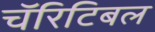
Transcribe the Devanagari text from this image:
चॅरिटिबल